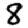
Digit: 8